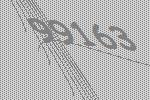
99163